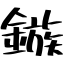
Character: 鏃